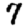
Digit: 7